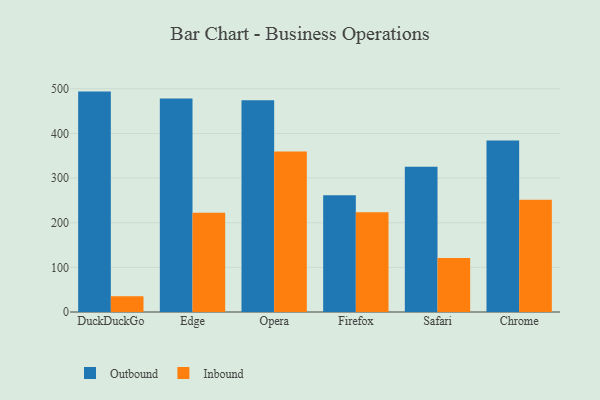
{"axis": {"x": "Browser", "y": "Inventory Turnover"}, "legend": ["Inbound", "Outbound"], "data": [{"x": "DuckDuckGo", "y": 493.7, "type": "Outbound"}, {"x": "DuckDuckGo", "y": 35.4, "type": "Inbound"}, {"x": "Edge", "y": 478.0, "type": "Outbound"}, {"x": "Edge", "y": 222.5, "type": "Inbound"}, {"x": "Opera", "y": 474.6, "type": "Outbound"}, {"x": "Opera", "y": 359.5, "type": "Inbound"}, {"x": "Firefox", "y": 261.7, "type": "Outbound"}, {"x": "Firefox", "y": 223.3, "type": "Inbound"}, {"x": "Safari", "y": 325.1, "type": "Outbound"}, {"x": "Safari", "y": 121.1, "type": "Inbound"}, {"x": "Chrome", "y": 384.4, "type": "Outbound"}, {"x": "Chrome", "y": 251.4, "type": "Inbound"}]}